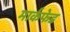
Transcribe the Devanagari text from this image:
मार्कफेड